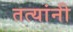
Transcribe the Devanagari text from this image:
तत्यांनी